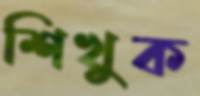
শিখুক